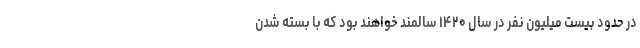
در حدود بیست میلیون نفر در سال ۱۴۲۰ سالمند خواهند بود که با بسته شدن